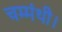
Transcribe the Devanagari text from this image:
चम्मंथी।